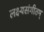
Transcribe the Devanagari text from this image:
लक्ष्यसंगीतम्‌